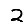
Digit: 2